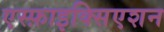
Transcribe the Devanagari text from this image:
एस्फ़ाइक्सिएशन